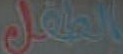
الطفل